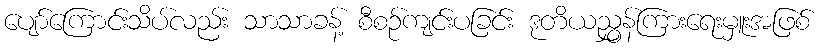
ပျော်ကြောင်းသိပ်လည်း သာသာခန့် စီစဉ်ကျင်းပခြင်း ဒုတိယညွှန်ကြားရေးမှူးအဖြစ်